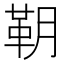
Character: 䩗